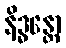
နိဒ္ဓန္တော